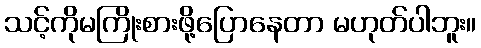
သင့်ကိုမကြိုးစားဖို့ပြောနေတာ မဟုတ်ပါဘူး။